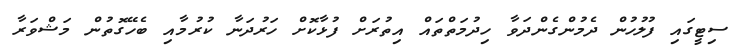
ސިޓީގައި ފުލުހުން ދެމުންގެންދަަވާ ހިދުމަތްތައް އިތުރަށް ފުޅާކޮށް ހަރުދަނާ ކުރުމާއި ބެހޭގޮތުން މަޝްވަރާ